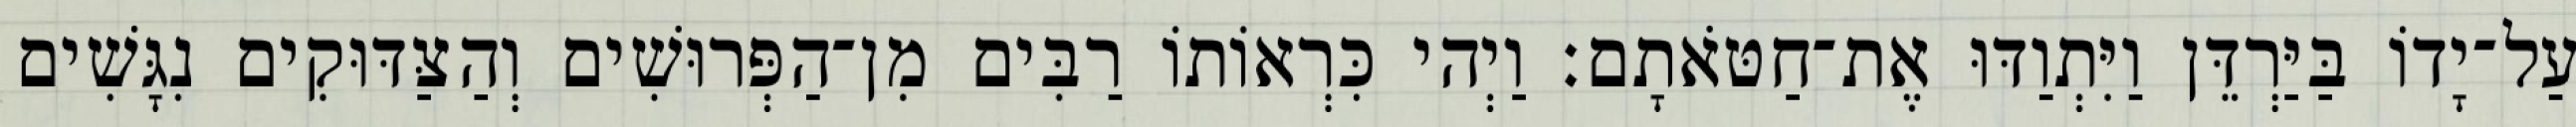
עַל־יָדוֹ בַּיַּרְדֵּן וַיִּתְוַדּוּ אֶת־חַטֹּאתָם׃ וַיְהי כִּרְאוֹתוֹ רַבִּים מִן־הַפְּרוּשִׁים וְהַצַּדּוּקִים נִגָּשִׁים